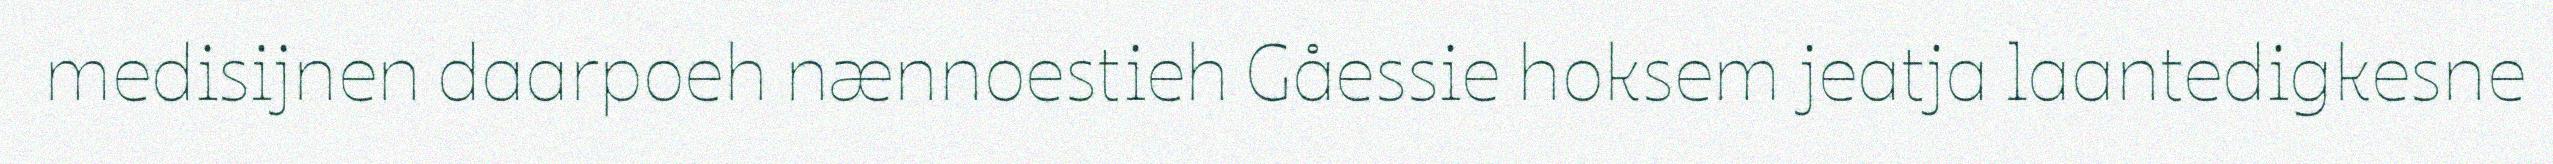
medisijnen daarpoeh nænnoestieh Gåessie hoksem jeatja laantedigkesne